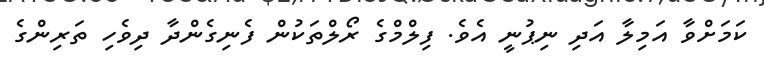
ކަމަށްވާ އަމިލާ އަދި ނިޕުނީ އެވެ. ފިލްމްގެ ރޯލްތަކުން ފެނިގެންދާ ދިވެހި ތަރިންގެ